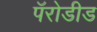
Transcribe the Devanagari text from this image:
पॅरोडीड